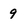
Character: 9